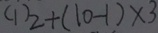
( 1 ) 2 + ( 1 0 - 1 ) \times 3